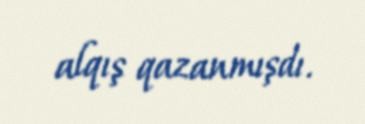
alqış qazanmışdı.